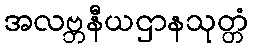
အလဗ္ဘနီယဌာနသုတ္တံ